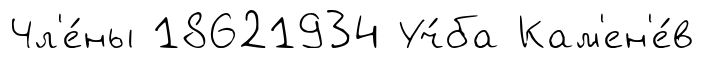
Чл'е́ны 18621934 Уч́ба Кам'ен'е́в